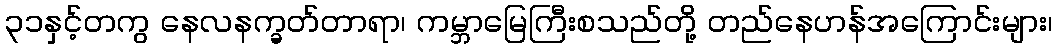
၃၁နှင့်တကွ နေလနက္ခတ်တာရာ၊ ကမ္ဘာမြေကြီးစသည်တို့ တည်နေဟန်အကြောင်းများ၊